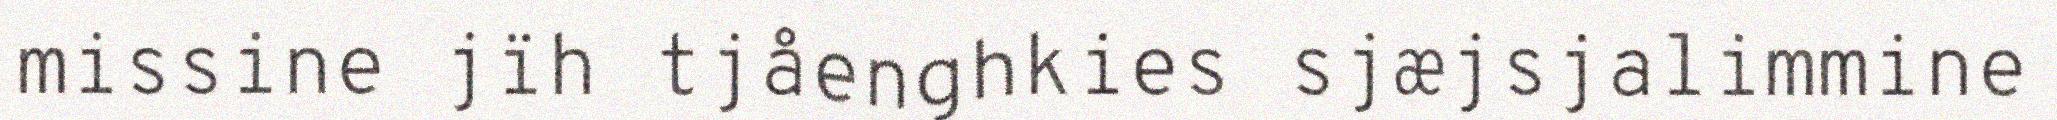
missine jïh tjåenghkies sjæjsjalimmine